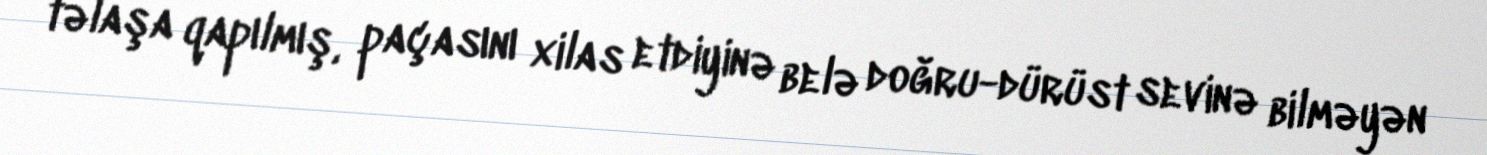
təlaşa qapılmış, paçasını xilas etdiyinə belə doğru-dürüst sevinə bilməyən